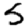
Digit: 5